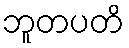
ဘူတပတိ